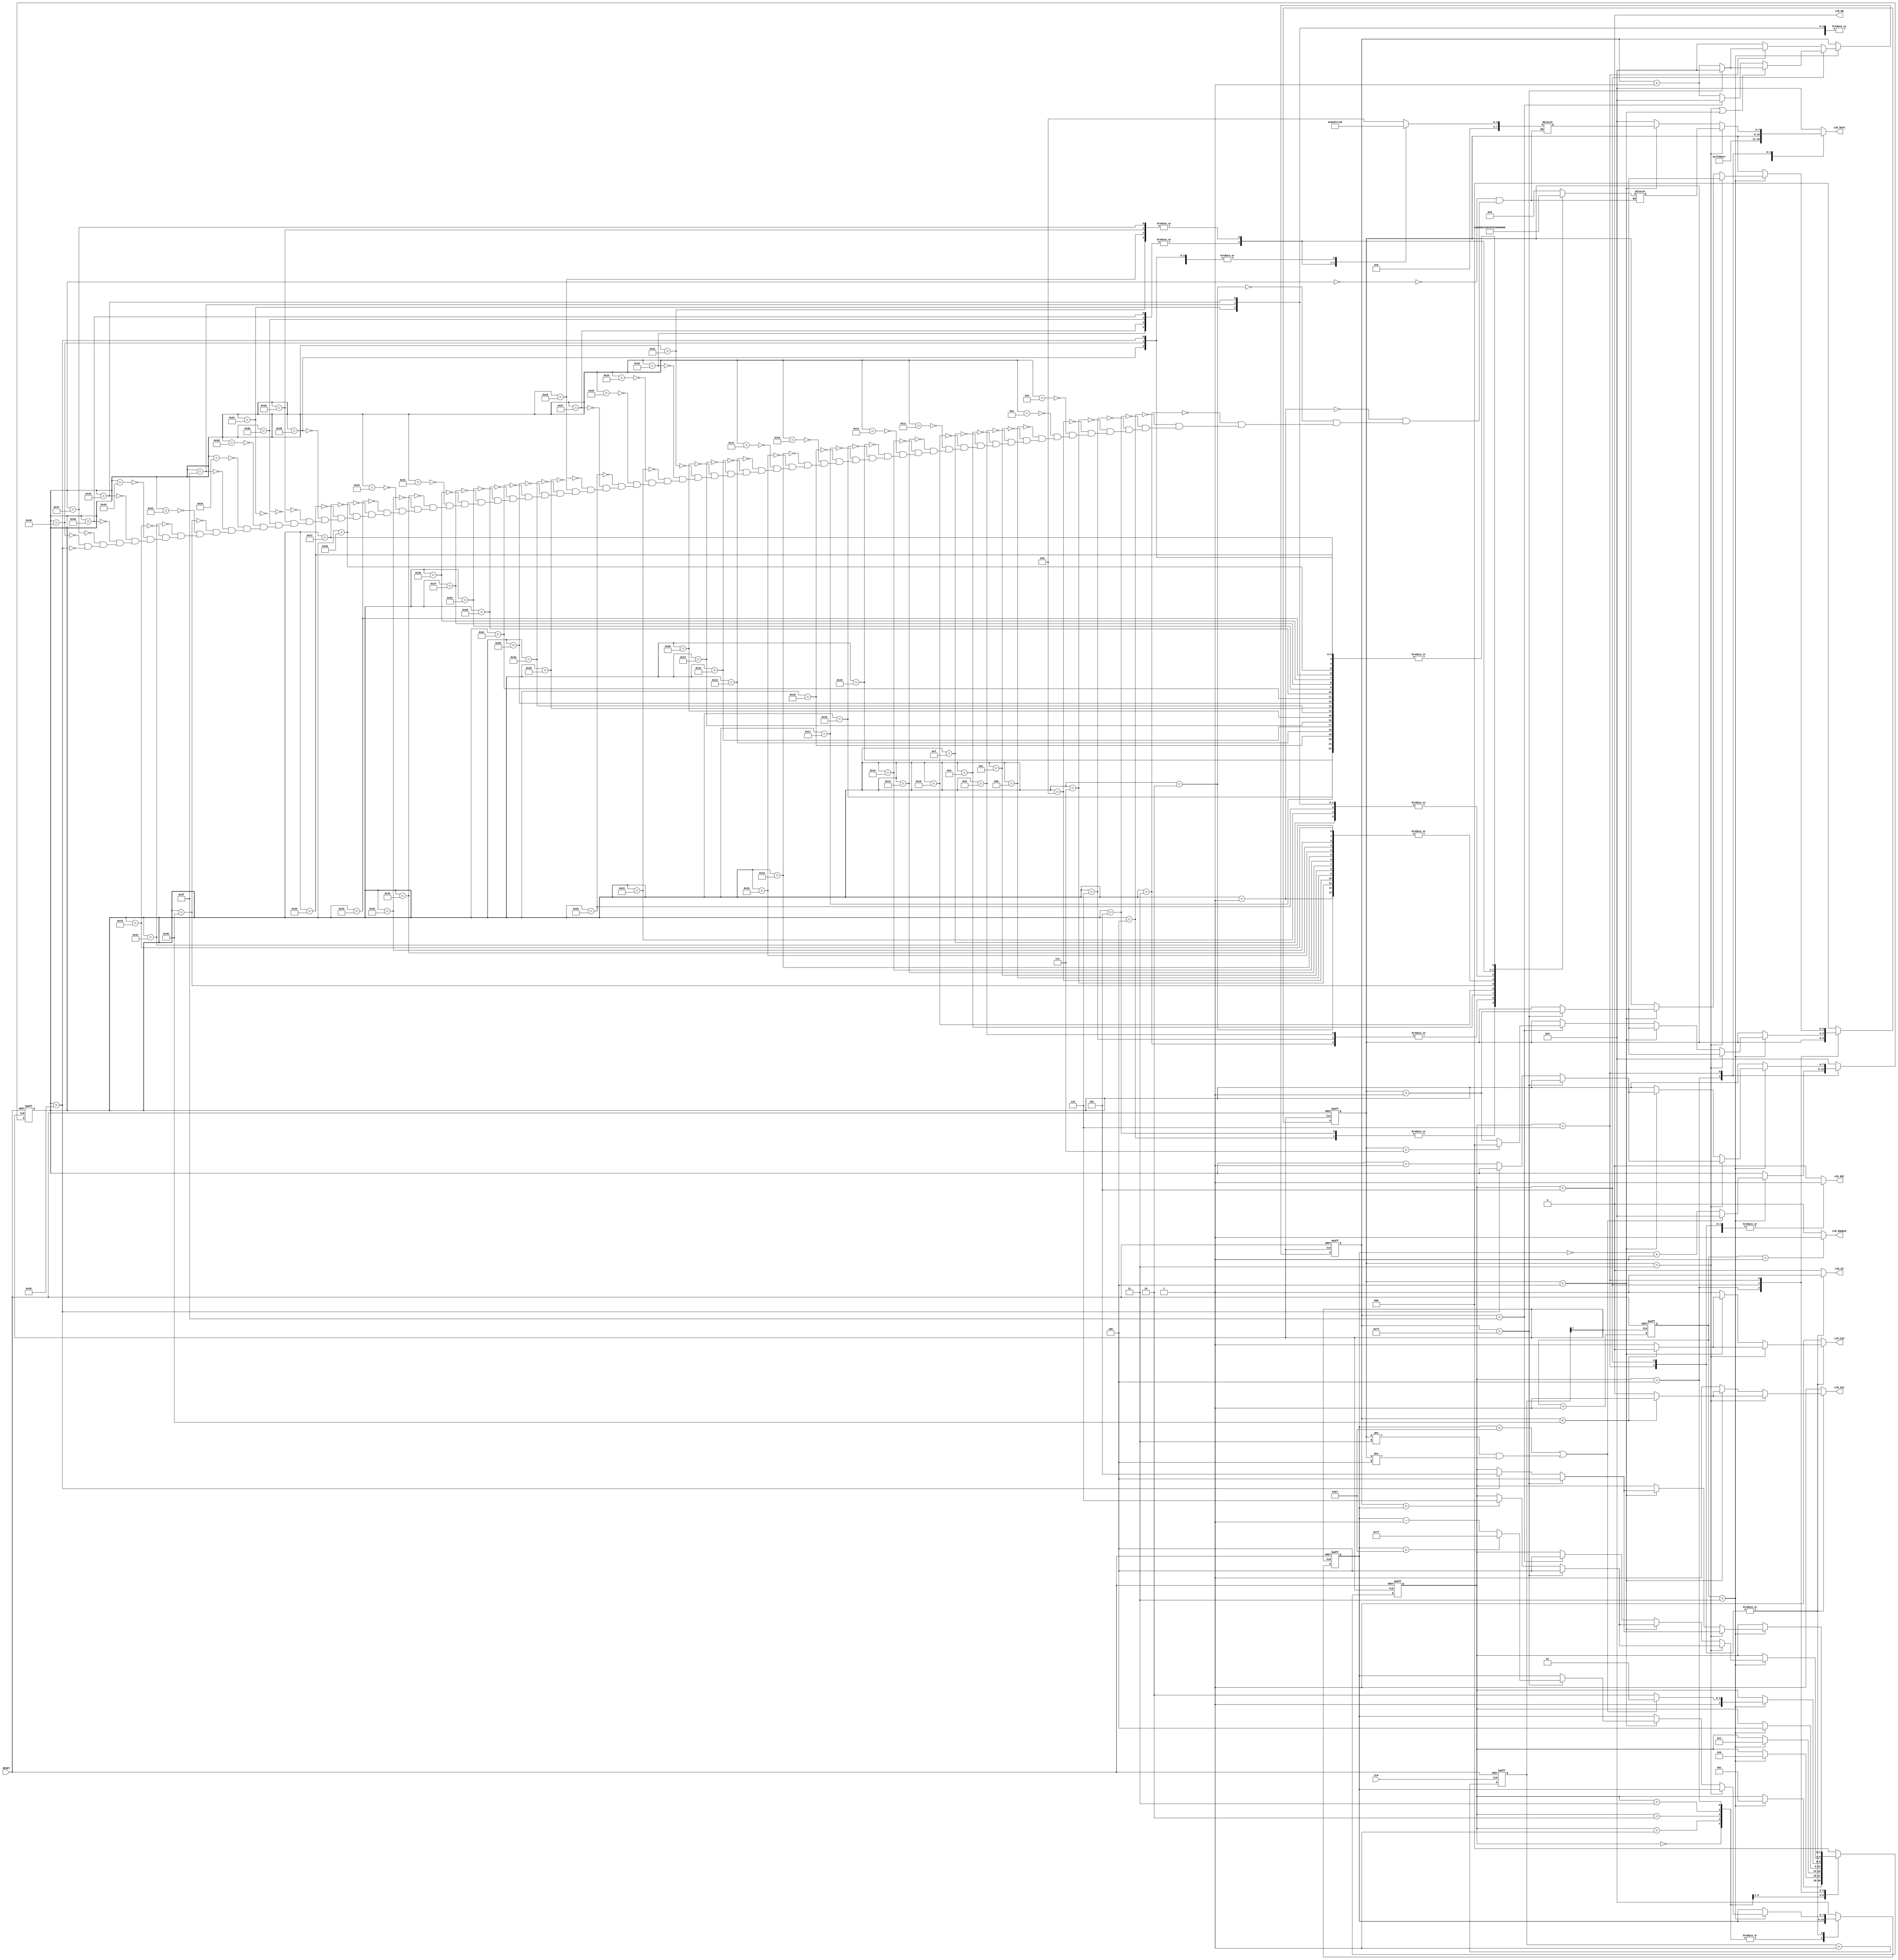
module Lab9(CLK, RESET, LCD_ENABLE, LCD_RW, LCD_DI, LCD_CS1, LCD_CS2, LCD_RST,LCD_DATA);
	input CLK;
	input RESET;
	output LCD_ENABLE;
	output LCD_RW;
	output LCD_DI;
	output LCD_CS1;
	output LCD_CS2;
	output LCD_RST;
	output[7:0] LCD_DATA;
	reg[7:0] LCD_DATA;
	reg[7:0] UPPER_PATTERN;
	reg[7:0] LOWER_PATTERN;
	reg[1:0] LCD_SEL;
	reg[2:0] STATE;
	reg[2:0] X_PAGE;
	reg[8:1] DIVIDER;
	reg[1:0] DELAY;
	reg[7:0] INDEX, INDEX_DATA;
	reg[1:0] ENABLE;
	reg CLEAR;
	reg LCD_RW;
	reg LCD_DI;
	reg LCD_RST;
	wire LCD_CLK;
	reg LCD_CS1;
	reg LCD_CS2;
	wire LCD_ENABLE;
	reg[5:0] start;
	reg[20:0] slow;
	
	reg [1:0] counter;
	reg [7:0] shift_count;
	reg [2:0] addr_X;
	
	parameter RST = 3'd0;
	parameter ON = 3'd1;
	parameter SETZ = 3'd2;
	parameter SETY = 3'd3;
	parameter SETX = 3'd4;
	parameter WRITE_BLANK = 3'd5;
	parameter WRITE_WORDS = 3'd6;
	
	/***********************
	* Clock Divider *
	***********************/
	always@(posedge CLK or negedge RESET)
	begin
	if(!RESET)
	DIVIDER <= 8'h00;
	else
	DIVIDER <= DIVIDER + 1;
	end
	assign LCD_CLK = DIVIDER[8];
	
	/***********************
	* Display Patterns *
	***********************/
	always@(INDEX_DATA)
	begin
		case(INDEX_DATA)
		8'h00 : UPPER_PATTERN = 8'h08; // H
		8'h01 : UPPER_PATTERN = 8'hF8;
		8'h02 : UPPER_PATTERN = 8'hF8;
		8'h03 : UPPER_PATTERN = 8'h88;
		8'h04 : UPPER_PATTERN = 8'h80;
		8'h05 : UPPER_PATTERN = 8'h80;
		8'h06 : UPPER_PATTERN = 8'h88;
		8'h07 : UPPER_PATTERN = 8'hF8;
		8'h08 : UPPER_PATTERN = 8'hF8;
		8'h09 : UPPER_PATTERN = 8'h08; // E
		8'h0A : UPPER_PATTERN = 8'h08;
		8'h0B : UPPER_PATTERN = 8'hF8;
		8'h0C : UPPER_PATTERN = 8'hF8;
		8'h0D : UPPER_PATTERN = 8'h88;
		8'h0E : UPPER_PATTERN = 8'hC8;
		8'h0F : UPPER_PATTERN = 8'h18;
		8'h10 : UPPER_PATTERN = 8'h38;
		8'h11 : UPPER_PATTERN = 8'h08; // L
		8'h12 : UPPER_PATTERN = 8'hF8;
		8'h13 : UPPER_PATTERN = 8'hF8;
		8'h14 : UPPER_PATTERN = 8'h08;
		8'h15 : UPPER_PATTERN = 8'h00;
		8'h16 : UPPER_PATTERN = 8'h00;
		8'h17 : UPPER_PATTERN = 8'h00;
		8'h18 : UPPER_PATTERN = 8'h00;
		8'h19 : UPPER_PATTERN = 8'h08; // L
		8'h1A : UPPER_PATTERN = 8'hF8;
		8'h1B : UPPER_PATTERN = 8'hF8;
		8'h1C : UPPER_PATTERN = 8'h08;
		8'h1D : UPPER_PATTERN = 8'h00;
		8'h1E : UPPER_PATTERN = 8'h00;
		8'h1F : UPPER_PATTERN = 8'h00;
		8'h20 : UPPER_PATTERN = 8'h00;
		8'h21 : UPPER_PATTERN = 8'hE0; // O
		8'h22 : UPPER_PATTERN = 8'hF0;
		8'h23 : UPPER_PATTERN = 8'h18;
		8'h24 : UPPER_PATTERN = 8'h08;
		8'h25 : UPPER_PATTERN = 8'h08;
		8'h26 : UPPER_PATTERN = 8'h18;
		8'h27 : UPPER_PATTERN = 8'hF0;
		8'h28 : UPPER_PATTERN = 8'hE0;
		8'h29 : UPPER_PATTERN = 8'h00; //SPACE
		8'h2A : UPPER_PATTERN = 8'h00;
		8'h2B : UPPER_PATTERN = 8'h00;
		8'h2C : UPPER_PATTERN = 8'h00;
		8'h2D : UPPER_PATTERN = 8'h00;
		8'h2E : UPPER_PATTERN = 8'h00;
		8'h2F : UPPER_PATTERN = 8'h00;
		8'h30 : UPPER_PATTERN = 8'h00;
		8'h31 : UPPER_PATTERN = 8'h08; // L
		8'h32 : UPPER_PATTERN = 8'hF8;
		8'h33 : UPPER_PATTERN = 8'hF8;
		8'h34 : UPPER_PATTERN = 8'h08;
		8'h35 : UPPER_PATTERN = 8'h00;
		8'h36 : UPPER_PATTERN = 8'h00;
		8'h37 : UPPER_PATTERN = 8'h00;
		8'h38 : UPPER_PATTERN = 8'h00;
		8'h39 : UPPER_PATTERN = 8'h00; // C
		8'h3A : UPPER_PATTERN = 8'hE0;
		8'h3B : UPPER_PATTERN = 8'hF0;
		8'h3C : UPPER_PATTERN = 8'h18;
		8'h3D : UPPER_PATTERN = 8'h08;
		8'h3E : UPPER_PATTERN = 8'h08;
		8'h3F : UPPER_PATTERN = 8'h18;
		8'h40 : UPPER_PATTERN = 8'h30;
		8'h41 : UPPER_PATTERN = 8'h08; // D
		8'h42 : UPPER_PATTERN = 8'hF8;
		8'h43 : UPPER_PATTERN = 8'hF8;
		8'h44 : UPPER_PATTERN = 8'h08;
		8'h45 : UPPER_PATTERN = 8'h18;
		8'h46 : UPPER_PATTERN = 8'hF0;
		8'h47 : UPPER_PATTERN = 8'hE0;
		8'h48 : UPPER_PATTERN = 8'h00;
		8'h49 : UPPER_PATTERN = 8'h00; // !
		endcase
	end

	always@(INDEX_DATA)
	begin
		case(INDEX_DATA)
		8'h00 : LOWER_PATTERN = 8'h08; // H
		8'h01 : LOWER_PATTERN = 8'h0F;
		8'h02 : LOWER_PATTERN = 8'h0F;
		8'h03 : LOWER_PATTERN = 8'h08;
		8'h04 : LOWER_PATTERN = 8'h00;
		8'h05 : LOWER_PATTERN = 8'h00;
		8'h06 : LOWER_PATTERN = 8'h08;
		8'h07 : LOWER_PATTERN = 8'h0F;
		8'h08 : LOWER_PATTERN = 8'h0F;
		8'h09 : LOWER_PATTERN = 8'h08; // E
		8'h0A : LOWER_PATTERN = 8'h08;
		8'h0B : LOWER_PATTERN = 8'h0F;
		8'h0C : LOWER_PATTERN = 8'h0F;
		8'h0D : LOWER_PATTERN = 8'h08;
		8'h0E : LOWER_PATTERN = 8'h09;
		8'h0F : LOWER_PATTERN = 8'h0C;
		8'h10 : LOWER_PATTERN = 8'h0E;
		8'h11 : LOWER_PATTERN = 8'h08; // L
		8'h12 : LOWER_PATTERN = 8'h0F;
		8'h13 : LOWER_PATTERN = 8'h0F;
		8'h14 : LOWER_PATTERN = 8'h08;
		8'h15 : LOWER_PATTERN = 8'h08;
		8'h16 : LOWER_PATTERN = 8'h08;
		8'h17 : LOWER_PATTERN = 8'h08;
		8'h18 : LOWER_PATTERN = 8'h0C;
		8'h19 : LOWER_PATTERN = 8'h08; // L
		8'h1A : LOWER_PATTERN = 8'h0F;
		8'h1B : LOWER_PATTERN = 8'h0F;
		8'h1C : LOWER_PATTERN = 8'h08;
		8'h1D : LOWER_PATTERN = 8'h08;
		8'h1E : LOWER_PATTERN = 8'h08;
		8'h1F : LOWER_PATTERN = 8'h08;
		8'h20 : LOWER_PATTERN = 8'h0C;
		8'h21 : LOWER_PATTERN = 8'h03; // O
		8'h22 : LOWER_PATTERN = 8'h07;
		8'h23 : LOWER_PATTERN = 8'h0C;
		8'h24 : LOWER_PATTERN = 8'h08;
		8'h25 : LOWER_PATTERN = 8'h08;
		8'h26 : LOWER_PATTERN = 8'h0C;
		8'h27 : LOWER_PATTERN = 8'h07;
		8'h28 : LOWER_PATTERN = 8'h03;	
		8'h29 : LOWER_PATTERN = 8'h00; // SPACE
		8'h2A : LOWER_PATTERN = 8'h00;
		8'h2B : LOWER_PATTERN = 8'h00;
		8'h2C : LOWER_PATTERN = 8'h00;
		8'h2D : LOWER_PATTERN = 8'h00;
		8'h2E : LOWER_PATTERN = 8'h00;
		8'h2F : LOWER_PATTERN = 8'h00;
		8'h30 : LOWER_PATTERN = 8'h00;
		8'h31 : LOWER_PATTERN = 8'h08; // L
		8'h32 : LOWER_PATTERN = 8'h0F;
		8'h33 : LOWER_PATTERN = 8'h0F;
		8'h34 : LOWER_PATTERN = 8'h08;
		8'h35 : LOWER_PATTERN = 8'h08;
		8'h36 : LOWER_PATTERN = 8'h08;
		8'h37 : LOWER_PATTERN = 8'h08;
		8'h38 : LOWER_PATTERN = 8'h0C;
		8'h39 : LOWER_PATTERN = 8'h00; // C
		8'h3A : LOWER_PATTERN = 8'h03;
		8'h3B : LOWER_PATTERN = 8'h07;
		8'h3C : LOWER_PATTERN = 8'h0C;
		8'h3D : LOWER_PATTERN = 8'h08;
		8'h3E : LOWER_PATTERN = 8'h08;
		8'h3F : LOWER_PATTERN = 8'h0C;
		8'h40 : LOWER_PATTERN = 8'h06;
		8'h41 : LOWER_PATTERN = 8'h08; // D
		8'h42 : LOWER_PATTERN = 8'h0F;
		8'h43 : LOWER_PATTERN = 8'h0F;
		8'h44 : LOWER_PATTERN = 8'h08;
		8'h45 : LOWER_PATTERN = 8'h0C;
		8'h46 : LOWER_PATTERN = 8'h07;
		8'h47 : LOWER_PATTERN = 8'h03;
		8'h48 : LOWER_PATTERN = 8'h00;
		8'h49 : LOWER_PATTERN = 8'h00; // !
		endcase
	end
	/******************************
	* Initialize and Write LCD Data *
	******************************/
	assign LCD_ENABLE = (counter == 2'd1) ? 1 : 0;
	
	
	always@(negedge LCD_CLK or negedge RESET)begin
		if(!RESET)
			counter <= 2'b0;
		else
			counter <= counter + 1;
	end
	
	always@(negedge LCD_CLK or negedge RESET)begin
		if(!RESET)begin
			INDEX <= 8'b0;
		end
		else begin
			if(counter == 2'd3) begin
				if(STATE == WRITE_BLANK)
					if(addr_X == 3'd3 || addr_X == 3'd4)
						INDEX <= (INDEX == 8'd127) ? 8'b0 : INDEX + 1;
					else
						INDEX <= (INDEX == 8'd63) ? 8'b0 : INDEX + 1;
				else if(STATE == WRITE_WORDS)
					INDEX <= (INDEX == 8'd127) ? 8'b0 : INDEX + 1;
				else
					INDEX <= 8'b0;
			end
		end
	end
	
	always@(negedge LCD_CLK or negedge RESET)begin
		if(!RESET)begin
			STATE <= RST;
			addr_X <= 0;
			shift_count <= 8'd127;
			INDEX_DATA <= 8'd0;
		end
		else begin
			case(STATE)
			RST: begin
				INDEX_DATA <= 8'd0;
				addr_X <= 0;
				if(counter == 2'd3)
					STATE <= ON;
			end
			ON: begin
				INDEX_DATA <= 8'd0;
				addr_X <= 0;
				if(counter == 2'd3)
					STATE <= SETZ;
			end
			SETZ: begin
				INDEX_DATA <= 8'd0;
				addr_X <= 0;
				if(counter == 2'd3)
					STATE <= SETY;
			end
			SETY: begin
				INDEX_DATA <= 8'd0;
				addr_X <= 0;
				if(counter == 2'd3)
					STATE <= SETX;
			end
			SETX: begin
				if(counter == 2'd3)
					if(shift_count < 8'd183 || (addr_X != 3'd3 && addr_X != 3'd4) ) begin
						STATE <= WRITE_BLANK;
						INDEX_DATA <= 8'd0;
						end
					else begin
						STATE <= WRITE_WORDS;
						INDEX_DATA <= ~shift_count + 1;
					end
			end
			WRITE_BLANK: begin
				INDEX_DATA <= 8'd0;
				if(counter == 2'd3) begin
					if(addr_X == 3'd3) begin
						if(INDEX == 8'd127) begin
							STATE <= SETX;
							addr_X <= addr_X +  1;
						end
						else if(INDEX == shift_count) begin
							STATE <= WRITE_WORDS;
						end
					end
					else if(addr_X == 3'd4) begin
						if(INDEX == 8'd127) begin
							STATE <= SETX;
							addr_X <= addr_X +  1;
							if(shift_count== 8'd183) 
								shift_count <= 8'd127;
							else	
								shift_count <= shift_count-1;
						end
						else if(INDEX == shift_count) begin
							STATE <= WRITE_WORDS;
						end
					end
					
					else begin
						if(INDEX == 8'd63) begin
							STATE <= SETX;
							addr_X <= (addr_X == 3'd7) ? 3'd0 : addr_X +  1;
						end
					end
				end
			end

			WRITE_WORDS: begin
				if(counter == 2'd3) begin
					if(addr_X == 3'd3) begin
						if(INDEX == 8'd127) begin
							STATE <= SETX;
							addr_X <= addr_X +  1;
						end
						else if(INDEX_DATA == 8'h49) begin
							STATE <= WRITE_BLANK;
						end
						else INDEX_DATA <= INDEX_DATA+1;
					end
					else if(addr_X == 3'd4) begin
						if(INDEX == 8'd127) begin
							STATE <= SETX;
							addr_X <= addr_X +  1;
							if(shift_count== 8'd183) 
								shift_count <= 8'd127;
							else	
								shift_count <= shift_count-1;
						end
						else if(INDEX_DATA == 8'h49) begin
							STATE <= WRITE_BLANK;
						end
						else INDEX_DATA <= INDEX_DATA+1;
					end
				end
			end
			default: begin	
				shift_count <= 8'd0;
				INDEX_DATA <= 8'd0;
				addr_X <= 0;
				STATE <= RST;
			end
		endcase
		end
	end
	
	always@(*) begin
		case(STATE)
			RST: begin
				LCD_CS1 = 1'b1;
				LCD_CS2 = 1'b1;
				LCD_RW = 1'b0;
				LCD_DI = 1'b0;
				LCD_RST = 1'b0;
				LCD_DATA = 8'b0;
			end
			ON: begin
				LCD_CS1 = 1'b1;
				LCD_CS2 = 1'b1;
				LCD_RW = 1'b0;
				LCD_DI = 1'b0;
				LCD_RST = 1'b1;
				LCD_DATA = 8'b00111111;
			end
			SETZ: begin
				LCD_CS1 = 1'b1;
				LCD_CS2 = 1'b1;
				LCD_RW = 1'b0;
				LCD_DI = 1'b0;
				LCD_RST = 1'b1;
				LCD_DATA = 8'b11000000;
			end
			SETY: begin
				LCD_CS1 = 1'b1;
				LCD_CS2 = 1'b1;
				LCD_RW = 1'b0;
				LCD_DI = 1'b0;
				LCD_RST = 1'b1;
				LCD_DATA = 8'b01000000;
			end
			SETX: begin
				LCD_CS1 = 1'b1;
				LCD_CS2 = 1'b1;
				LCD_RW = 1'b0;
				LCD_DI = 1'b0;
				LCD_RST = 1'b1;
				LCD_DATA = {5'b10111,addr_X};
			end
			WRITE_BLANK: begin
				LCD_RW = 1'b0;
				LCD_DI = 1'b1;
				LCD_RST = 1'b1;
				LCD_DATA = 8'b00000000;
				if(addr_X == 3'd3) begin
					LCD_CS1 = (INDEX < 8'd64) ? 1'b1 : 1'b0;
					LCD_CS2 = (INDEX < 8'd64) ? 1'b0 : 1'b1;
				end
				else if(addr_X == 3'd4) begin
					LCD_CS1 = (INDEX < 8'd64) ? 1'b1 : 1'b0;
					LCD_CS2 = (INDEX < 8'd64) ? 1'b0 : 1'b1;
				end
				else begin
					LCD_CS1 = 1'b1;
					LCD_CS2 = 1'b1;
				end
			end
			WRITE_WORDS: begin
				LCD_RW = 1'b0;
				LCD_DI = 1'b1;
				LCD_RST = 1'b1;
				if(addr_X == 3'd3) begin
					LCD_DATA = UPPER_PATTERN;
					LCD_CS1 = (INDEX < 8'd64) ? 1'b1 : 1'b0;
					LCD_CS2 = (INDEX < 8'd64) ? 1'b0 : 1'b1;
				end
				else if(addr_X == 3'd4) begin
					LCD_DATA = LOWER_PATTERN;
					LCD_CS1 = (INDEX < 8'd64) ? 1'b1 : 1'b0;
					LCD_CS2 = (INDEX < 8'd64) ? 1'b0 : 1'b1;
				end
				else begin
					LCD_DATA = 8'b0;
					LCD_CS1 = 1'b1;
					LCD_CS2 = 1'b1;
				end
			end
			default: begin
				LCD_CS1 = 1'b1;
				LCD_CS2 = 1'b1;
				LCD_RW = 1'b0;
				LCD_DI = 1'b0;
				LCD_RST = 1'b0;
				LCD_DATA = 8'b0;
			end
		endcase
	end

endmodule